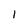
Character: I